Annual report of the Punjab Veterinary College and of the Civil Veterinary Department, Punjab - 1894-1908
Year: 1894
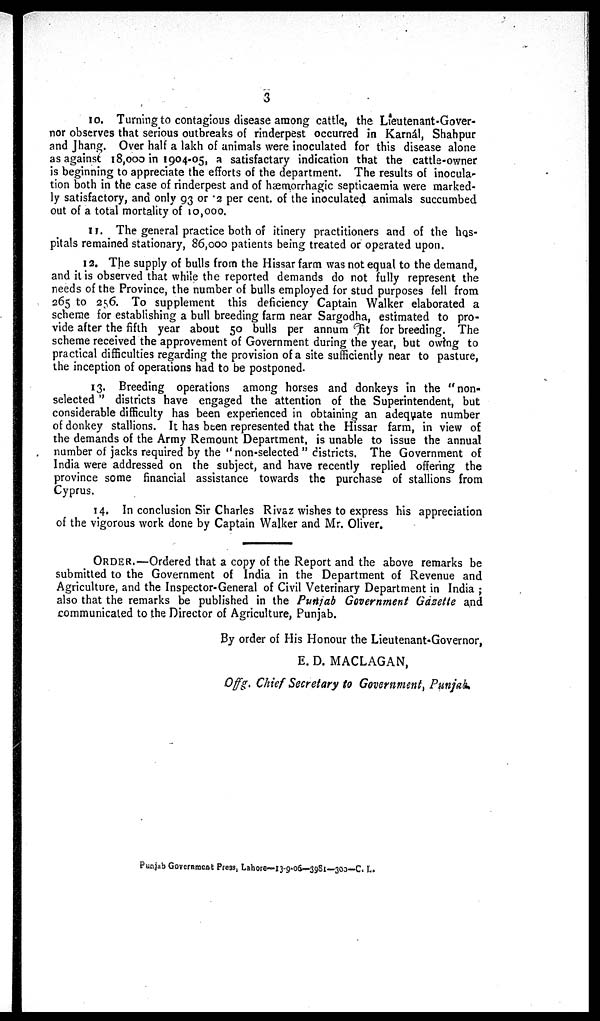
3
10. Turning to contagious disease among cattle, the Lieutenant-Gover-
nor observes that serious outbreaks of rinderpest occurred in Karnál, Shahpur
and Jhang. Over half a lakh of animals were inoculated for this disease alone
as against 18,000 in 1904-05, a satisfactary indication that the cattle-owner
is beginning to appreciate the efforts of the department. The results of inocula-
tion both in the case of rinderpest and of hæmorrhagic septicaemia were marked-
ly satisfactory, and only 93 or 2 per cent. of the inoculated animals succumbed
out of a total mortality of 10,000.
11. The general practice both of itinery practitioners and of the hos-
pitals remained stationary, 86,000 patients being treated or operated upon.
12. The supply of bulls from the Hissar farm was not equal to the demand,
and it is observed that while the reported demands do not fully represent the
needs of the Province, the number of bulls employed for stud purposes fell from
265 to 256. To supplement this deficiency Captain Walker elaborated a
scheme for establishing a bull breeding farm near Sargodha, estimated to pro-
vide after the fifth year about 50 bulls per annum fit for breeding. The
scheme received the approvement of Government during the year, but owing to
practical difficulties regarding the provision of a site sufficiently near to pasture,
the inception of operations had to be postponed.
13. Breeding operations among horses and donkeys in the "non-
selected " districts have engaged the attention of the. Superintendent, but
considerable difficulty has been experienced in obtaining an adequate number
of donkey stallions. It has been represented that the Hissar farm, in view of
the demands of the Army Remount Department, is unable to issue the annual
number of jacks required by the "non-selected" districts. The Government of
India were addressed on the subject, and have recently replied offering the
province some financial assistance towards the purchase of stallions from
Cyprus.
14. In conclusion Sir Charles Rivaz wishes to express his appreciation
of the vigorous work done by Captain Walker and Mr. Oliver.
ORDER.—Ordered that a copy of the Report and the above remarks be
submitted to the Government of India in the Department of Revenue and
Agriculture, and the Inspector-General of Civil Veterinary Department in India ;
also that the remarks be published in the Punjab Government Gazette and
communicated to the Director of Agriculture, Punjab.
By order of His Honour the Lieutenant-Governor,
E. D. MACLAGAN,
Offg. Chief Secretary to Government, Punjab.
Punjab Government Press, Lahore—13-9.06—3981—300—C. L.